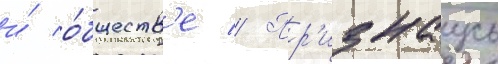
и́ о́бществ'е // Пр'изнаусь